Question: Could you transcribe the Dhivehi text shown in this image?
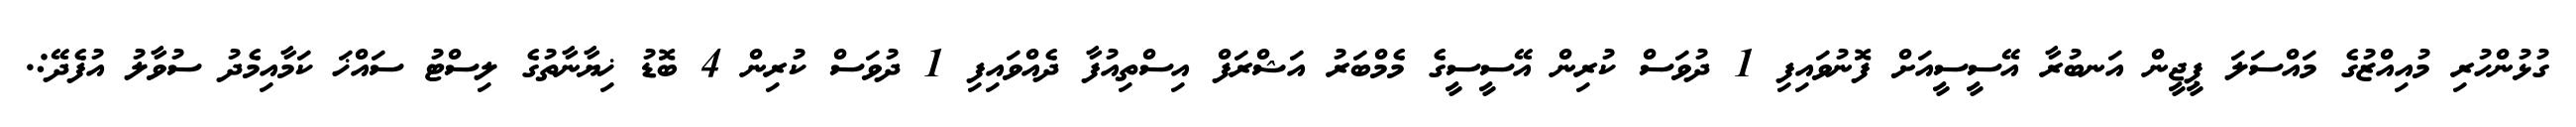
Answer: ގުޅުންހުރި މުއިއްޒުގެ މައްސަލަ ޕީޖީން އަނބުރާ އޭސީސީއަށް ފޮނުވައިފި 1 ދުވަސް ކުރިން އޭސީސީގެ މެމްބަރު އަޝްރަފް އިސްތިއުފާ ދެއްވައިފި 1 ދުވަސް ކުރިން 4 ބޮޑު ޚިޔާނާތުގެ ލިސްޓު ސައްޚަ ކަމާއިމެދު ސުވާލު އުފެދޭ:.